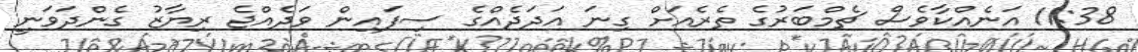
11:38 އަނެއްކާވެސް ޗެމްބަރުގެ ތެރެއަށް ގިނަ އަދަދެއްގެ ސިފައިން ވަދެއްޖެ ރިޔާޒު ގެންދަވަނީ